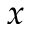
x